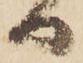
日